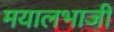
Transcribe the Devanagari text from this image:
मयालभाजी